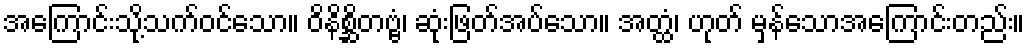
အကြောင်းသို့သက်ဝင်သော။ ဝိနိစ္ဆိတဗ္ဗံ၊ ဆုံးဖြတ်အပ်သော။ အတ္ထံ၊ ဟုတ် မှန်သောအကြောင်းတည်း။